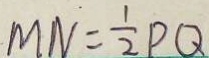
M N = \frac { 1 } { 2 } P Q